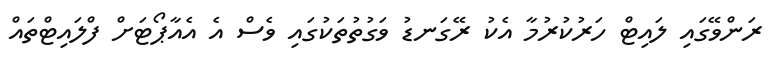
ރަންވޭގައި ލައިޓް ހަރުކުރުމާ އެކު ރޭގަނޑު ވަގުތުތަކުގައި ވެސް އެ އެއާޕޯޓަށް ފްލައިޓްތައް